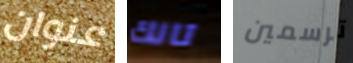
عنوان تانك ترسمين